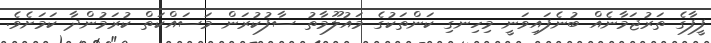
ފީފާގެ ތަރުޖަމާނެއް ބުނެފައިވަނީ މިހިނގި ކަންތަކުގެ މައުލޫމާތު ސާފުކުރަން މަސައްކަތް ކުރަމުންދާ ކަމަށެވެ.